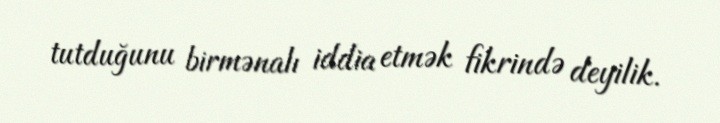
tutduğunu birmənalı iddia etmək fikrində deyilik.